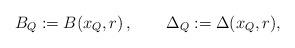
LaTeX: \begin{align*}B_Q:= B(x_Q,r) \,,\qquad\Delta_Q:= \Delta(x_Q,r),\end{align*}